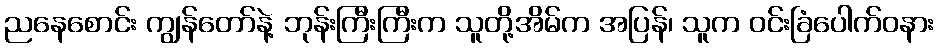
ညနေစောင်း ကျွန်တော်နဲ့ ဘုန်းကြီးကြီးက သူတို့အိမ်က အပြန်၊ သူက ဝင်းခြံပေါက်ဝနား